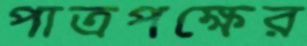
পাত্রপক্ষের